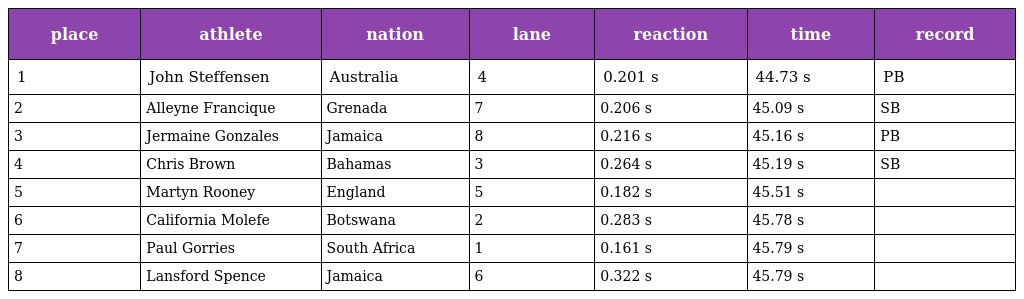
| place | athlete | nation | lane | reaction | time | record |
 | --- | --- | --- | --- | --- | --- | --- |
 | 1 | John Steffensen | Australia | 4 | 0.201 s | 44.73 s | PB |
 | 2 | Alleyne Francique | Grenada | 7 | 0.206 s | 45.09 s | SB |
 | 3 | Jermaine Gonzales | Jamaica | 8 | 0.216 s | 45.16 s | PB |
 | 4 | Chris Brown | Bahamas | 3 | 0.264 s | 45.19 s | SB |
 | 5 | Martyn Rooney | England | 5 | 0.182 s | 45.51 s |  |
 | 6 | California Molefe | Botswana | 2 | 0.283 s | 45.78 s |  |
 | 7 | Paul Gorries | South Africa | 1 | 0.161 s | 45.79 s |  |
 | 8 | Lansford Spence | Jamaica | 6 | 0.322 s | 45.79 s |  |